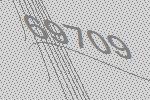
69709